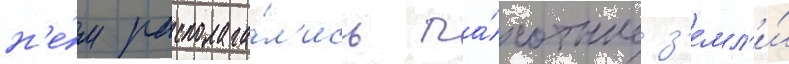
н'е́м располага́л'ись па́хотные з'емл'и́